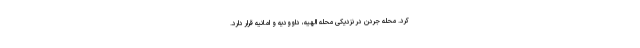
کرد. محله جردن در نزدیکی محله الهیه، داوودیه و امانیه قرار دارد.